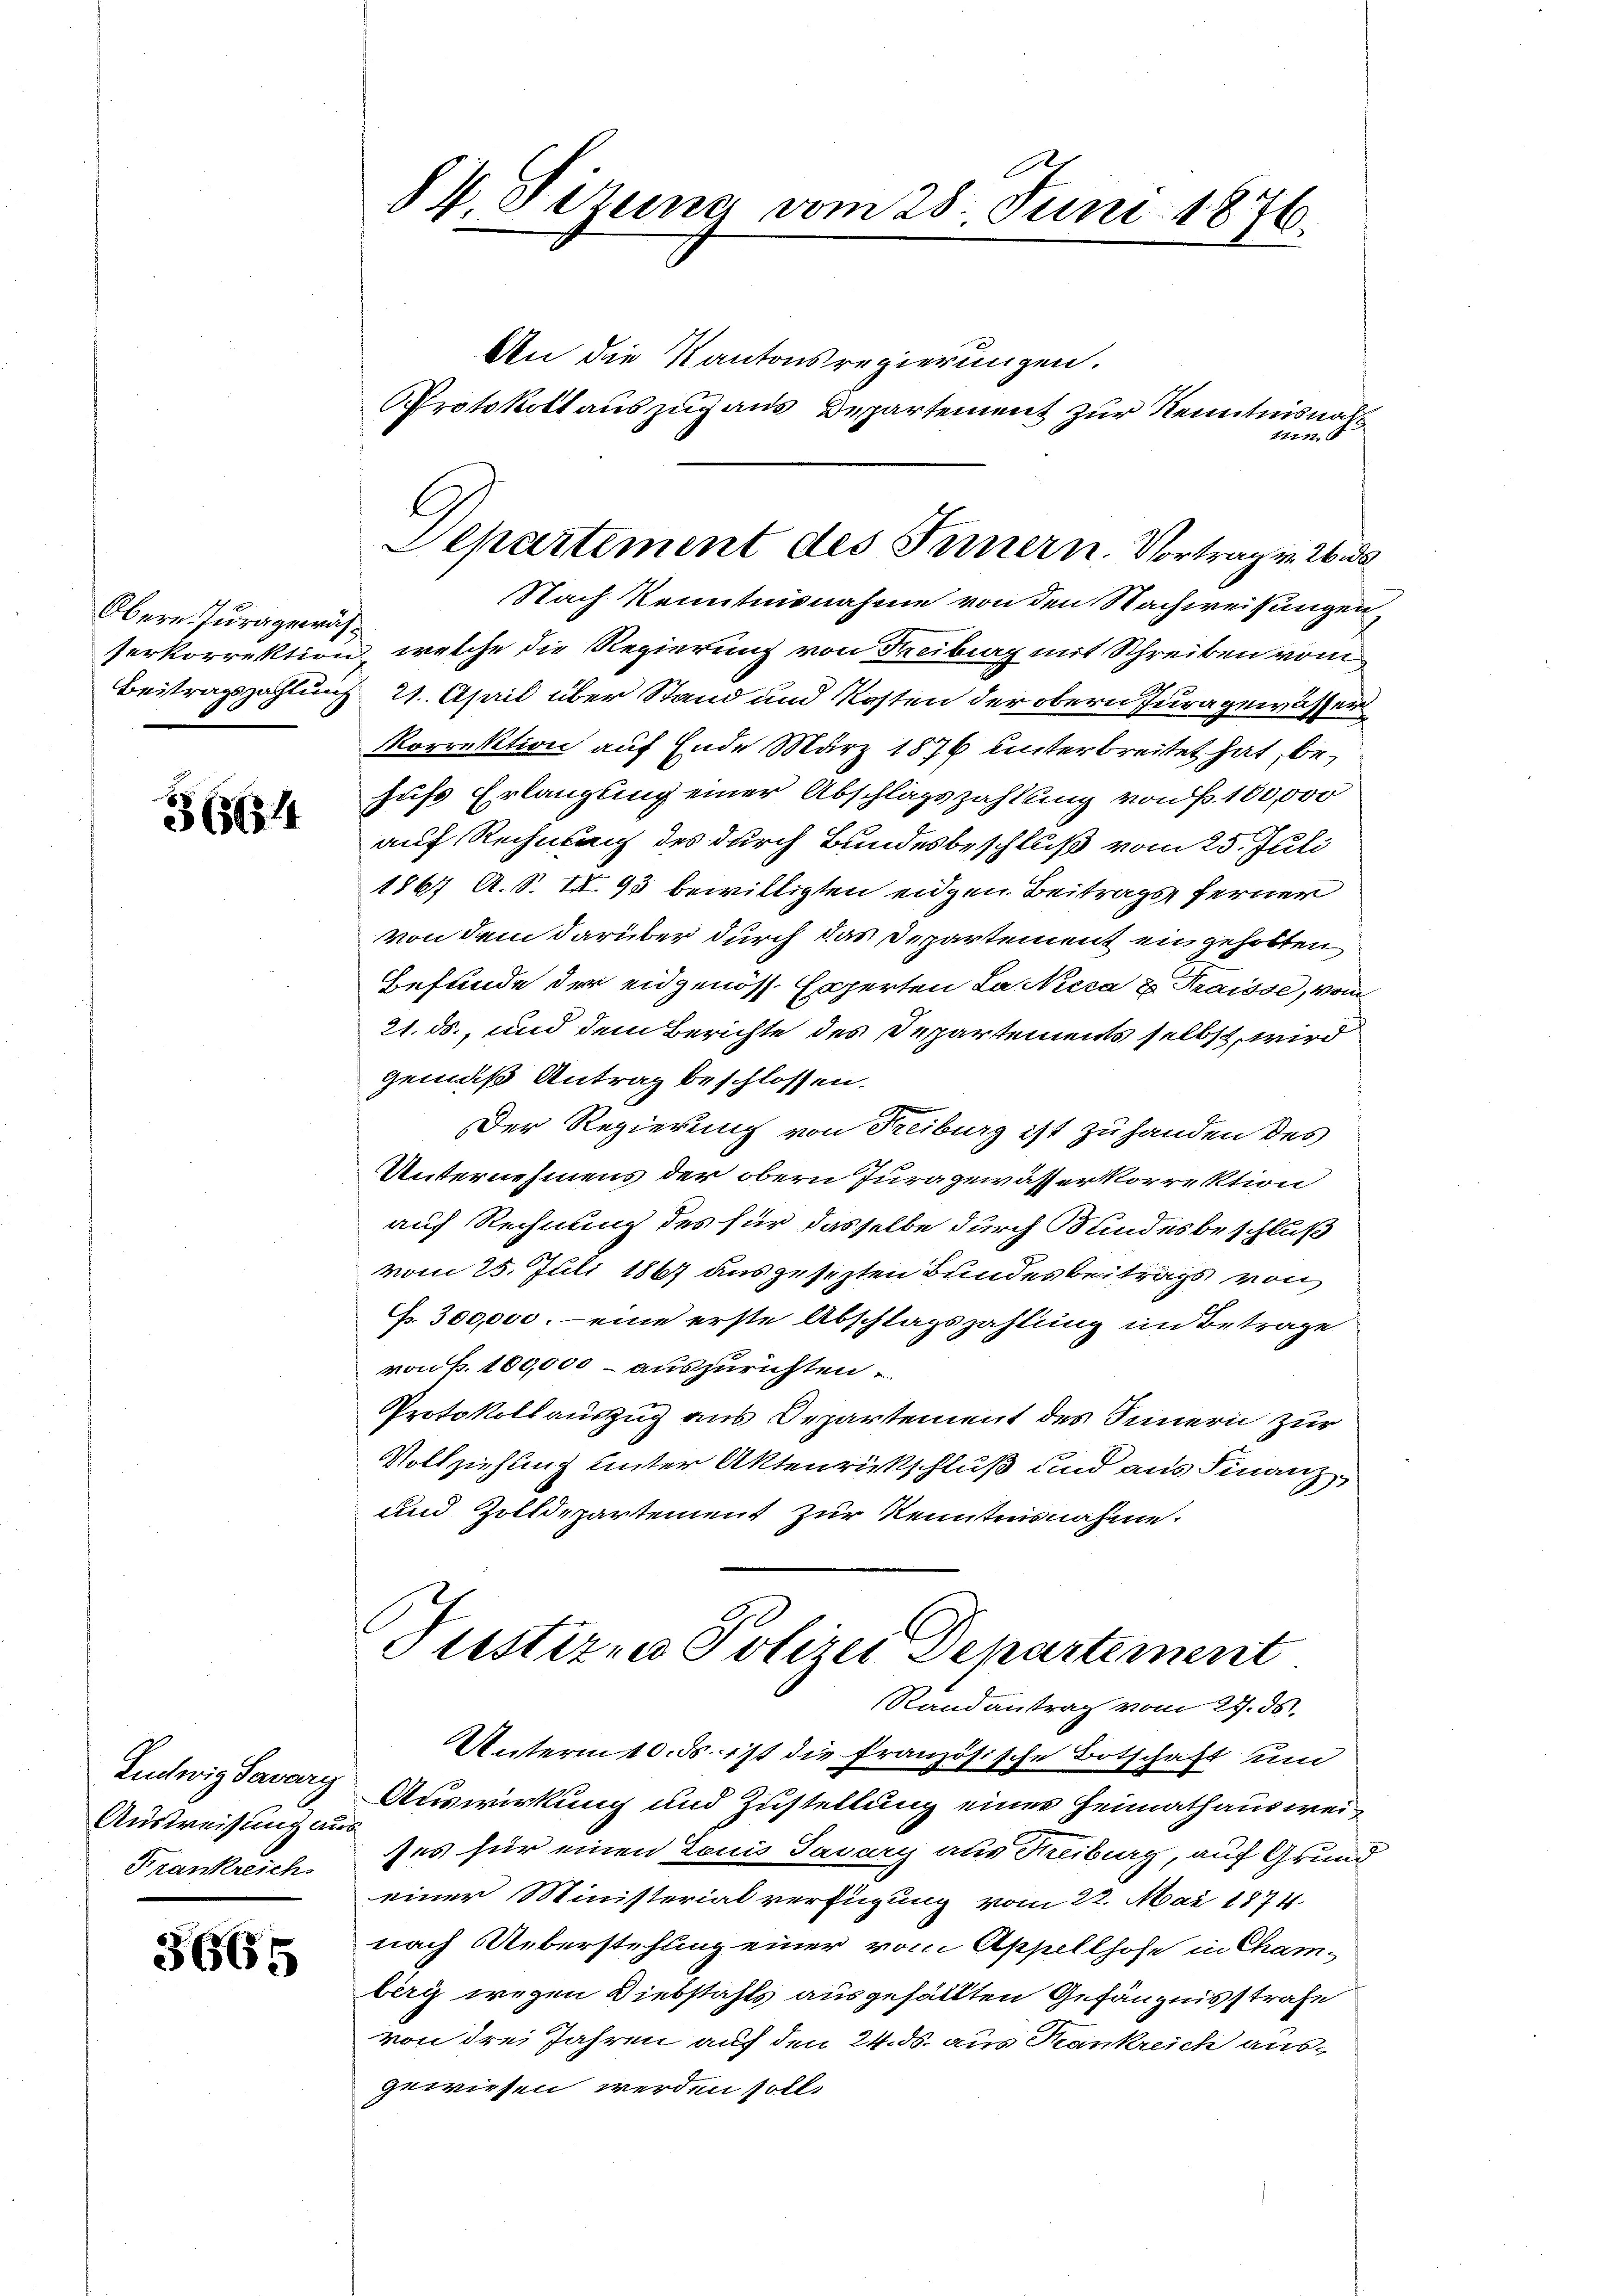
Obern. Jura gewäh¬

3664

Ausweisung aus
Frankreich

3665

84. Sitzung vom 25. Juni 1876.

Protokoll auszug aus Departement zur Kenntnisnah
Separtement des Innern. Vortrag v. 26 de

An die Kantonsregierungen.
11177
Nach Kenntnisnahme von den Nachweisungen
Verkorrektion, welche die Regierung von Freibung mit Schreiben vom
Beitragszahlung 21. April über Stand und Kosten der obern Jura gewässer
Korrektion auf Ende März 1876 unterbreitet hat, behufs Erlangung einer Abschlagszahlung von P. 100,000
auf Rechnung des durch Bundesbeschluß vom 25. Juli
1867 A. S. II. 93 bewilligten eidgen. Beitrags ferner
von dem darüber durch das Departement eingeholten
Befunde der eidgenöss. Experten La Nieca & Trausse, vom
21. ds., und dem Berichte des Departements selbst, wird
gemäß Antrag beschlossen.
Der Regierung von Freiburg ist zu handen des
Unternehmens der obern Juragewässer korrektion
auf Rechnung des für dasselbe durch Sandesbeschluß
vom 25. Juli 1867 ausgesezten Bundesbeitrags von
Fr. 300,000.- eine erste Abschlagszahlung im Betrage
von f. 100,000 – auszurichten
Protokollauszug aus Departement des Innern zur
Vollziehung unter Aktenrückschluß und aus Finanz-
und Zolldepartement zur Kenntnisnahme.
Justizen Polizei Departement
Randantrag vom 27. ds.
Unterm 10. ds. ist die französische Botschaft und
Ludwig Savary Auswirkung und Zustellung einer Heimath ausweies für einen Louis Savary aus Kreiburg, auf Grund
einer Ministerial verfügung vom 22. Mai 1874
nach Ueberstehung einer vom Appellhofe in Cham-
berg wegen Diebstahls ausgefällten Gefängnisstrafe
von drei Jahren auf den 24. ds. aus Krankreich ausgewiesen werden soll.